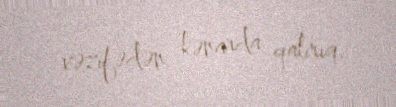
vəzifədən kənarda qalırıq.